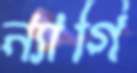
ন্যাগি